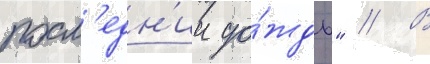
посл'едн'ии до́ждь" // В